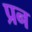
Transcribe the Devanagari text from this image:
प्रन